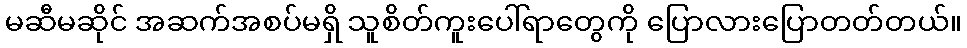
မဆီမဆိုင် အဆက်အစပ်မရှိ သူစိတ်ကူးပေါ်ရာတွေကို ပြောလားပြောတတ်တယ်။